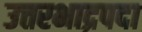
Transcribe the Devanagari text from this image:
उत्तरभाद्रपदा